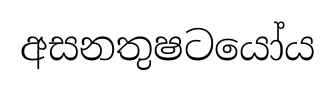
අසනතුෂටයෝය